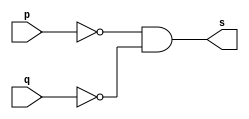
// ------------------------- 
// Exemplo0011 - circuito
// Nome: Andr Henriques Fernandes 
// ------------------------- 
 
// --------------------- 
// -- circuito
// ---------------------

module andgate (output [0:3] s, input [0:3] p, input [0:3] q);
	assign s = ~p & ~q;
endmodule //andgate

module testandgate;
	reg [0:3] a,b;
	wire [0:3] s;
	andgate AND1 (s,a,b);
	initial begin:start
		a=4'b0000;
		b=4'b0000;
	end
	initial begin:main
		$monitor("%b%b",a,b);
	end
endmodule //testandgate